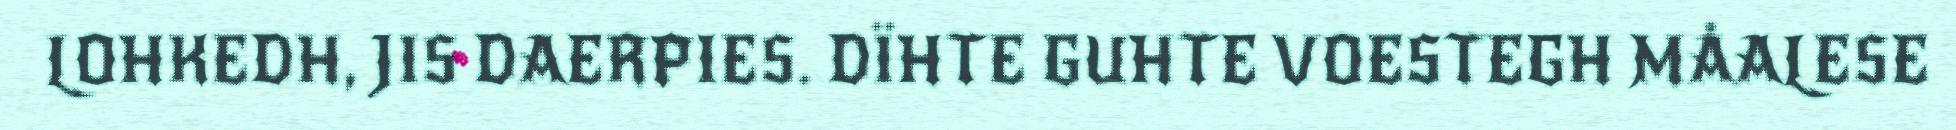
LOHKEDH, JIS DAERPIES. DÏHTE GUHTE VOESTEGH MÅALESE